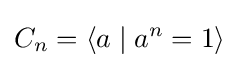
C_{n}=\langle a\mid a^{n}=1\rangle